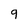
Character: 9